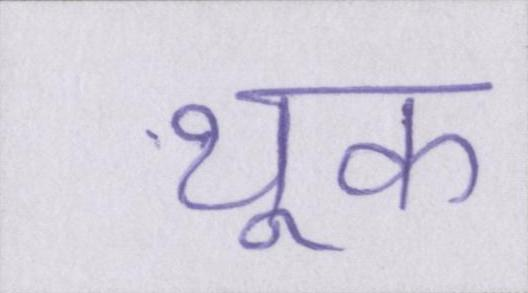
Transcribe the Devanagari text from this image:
थूक